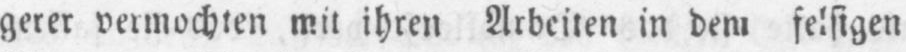
gerer vermochten mit ihren Arbeiten in dem felsigen